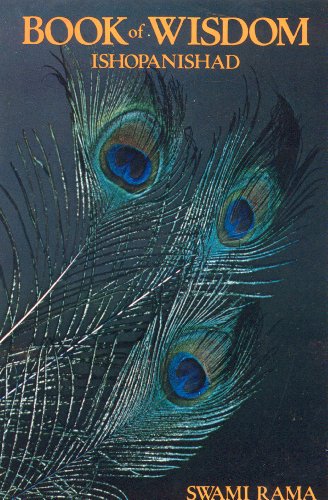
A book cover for Book of Wisdom / Ishopanishad; Swami Rama; Religion & Spirituality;